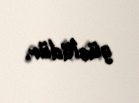
güclüdür.